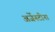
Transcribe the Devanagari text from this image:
अर्जेनटीना